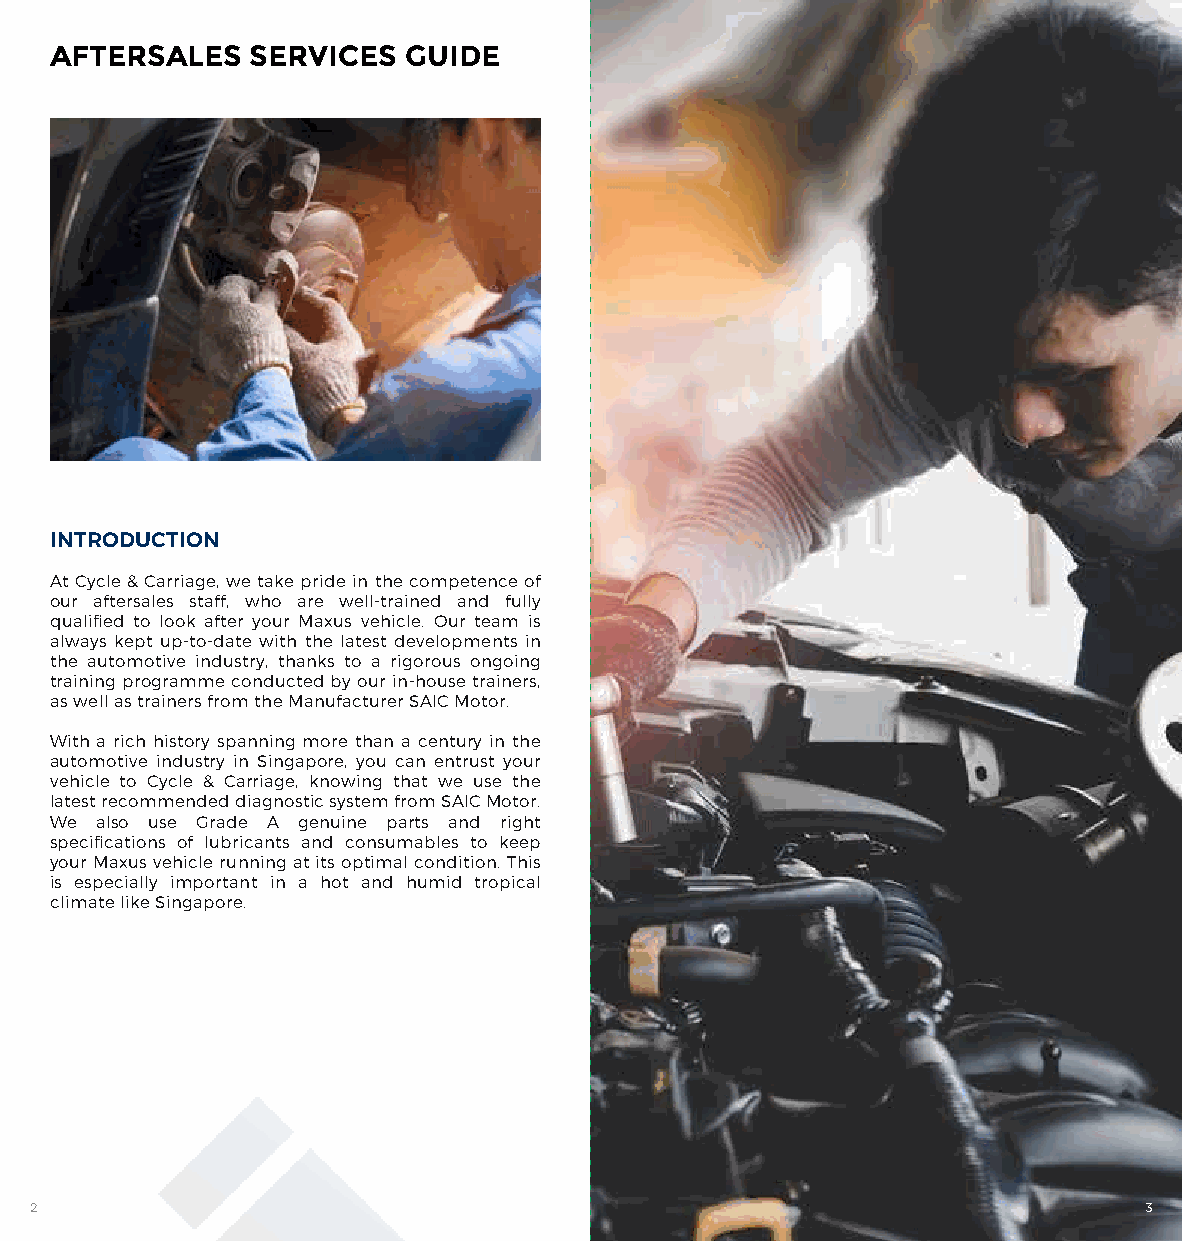
AFTERSALES    SERVICES  GUIDE
 INTRODUCTION
 At Cycle & Carriage, we take pride in the competence of
 our aftersales staff, who are well-trained and fully
 qualified to look after your Maxus vehicle. Our team is
 always kept up-to-date with the latest developments in
 the automotive industry, thanks to a rigorous ongoing
 training programme conducted by our in-house trainers,
 as well as trainers from the Manufacturer SAIC Motor.
 With a rich history spanning more than a century in the
 automotive industry in Singapore, you can entrust your
 vehicle to Cycle & Carriage, knowing that we use the
 latest recommended diagnostic system from SAIC Motor.
 We also use Grade A genuine parts and right
 specifications of lubricants and consumables to keep
 your Maxus vehicle running at its optimal condition. This
 is especially important in a hot and humid tropical
 climate like Singapore.
 2                                                                         3